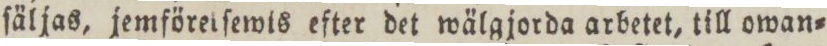
ſäljas, jemföreiſewis efter det wälgjorda arbetet, till owan=